Scientific memoirs by medical officers of the Army of India - Part VI,
Year: 1891
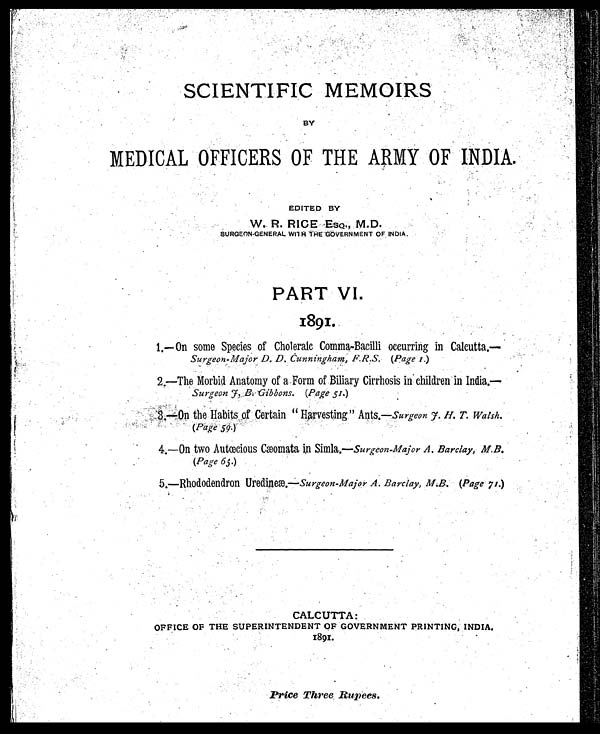
SCIENTIFIC MEMOIRS
BY
MEDICAL OFFICERS OF THE ARMY OF INDIA.
EDITED BY
W. R. RICE ESQ., M . D.
S U R G E O N G E N E R A L W 1 T H T H E G O V E R N M E N T O F I N D I A .
PART VI.
1891.
1.— On some Species of Choleraic Comma-Bacilli occurring in Calcutta.—
Surgeon-Major D. D. Cunningham, F.R.S. (Page 1.)
2.—The Morbid Anatomy of a Form of Biliary Cirrhosis in children in India.—
Surgeon f. B 'Gibbons. (Page 51.)
•
3 . — . O n t h e H a b i t s o f C e r t a i n “ H a r v e s t i n g . ” A n t s . — S u r g e o n f . H . T ' . W a l s h .
(Page 59.)
4.—On two Autœcious Cæomata in Simla.—surgeon-Major A. Barclay, M.B.
(Page 65.)
5.—Rhododendron Uredineæ.—Surgeon-Major A. Barclay, M.B. (Page 71.)
CALCUTTA
OFFICE OF THE SUPERINTENDENT OF GOVERNMENT PRINTING, INDIA.
1891.
Price Three. Rupees.